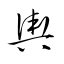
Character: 輿